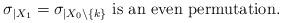
LaTeX: \begin{align*}\sigma_{|X_1} = \sigma_{|X_0 \setminus \{ k \}} \mbox{ is an even permutation}.\end{align*}